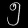
Digit: ၅